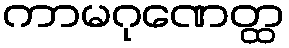
ကာမဂုဏေတ္ထ